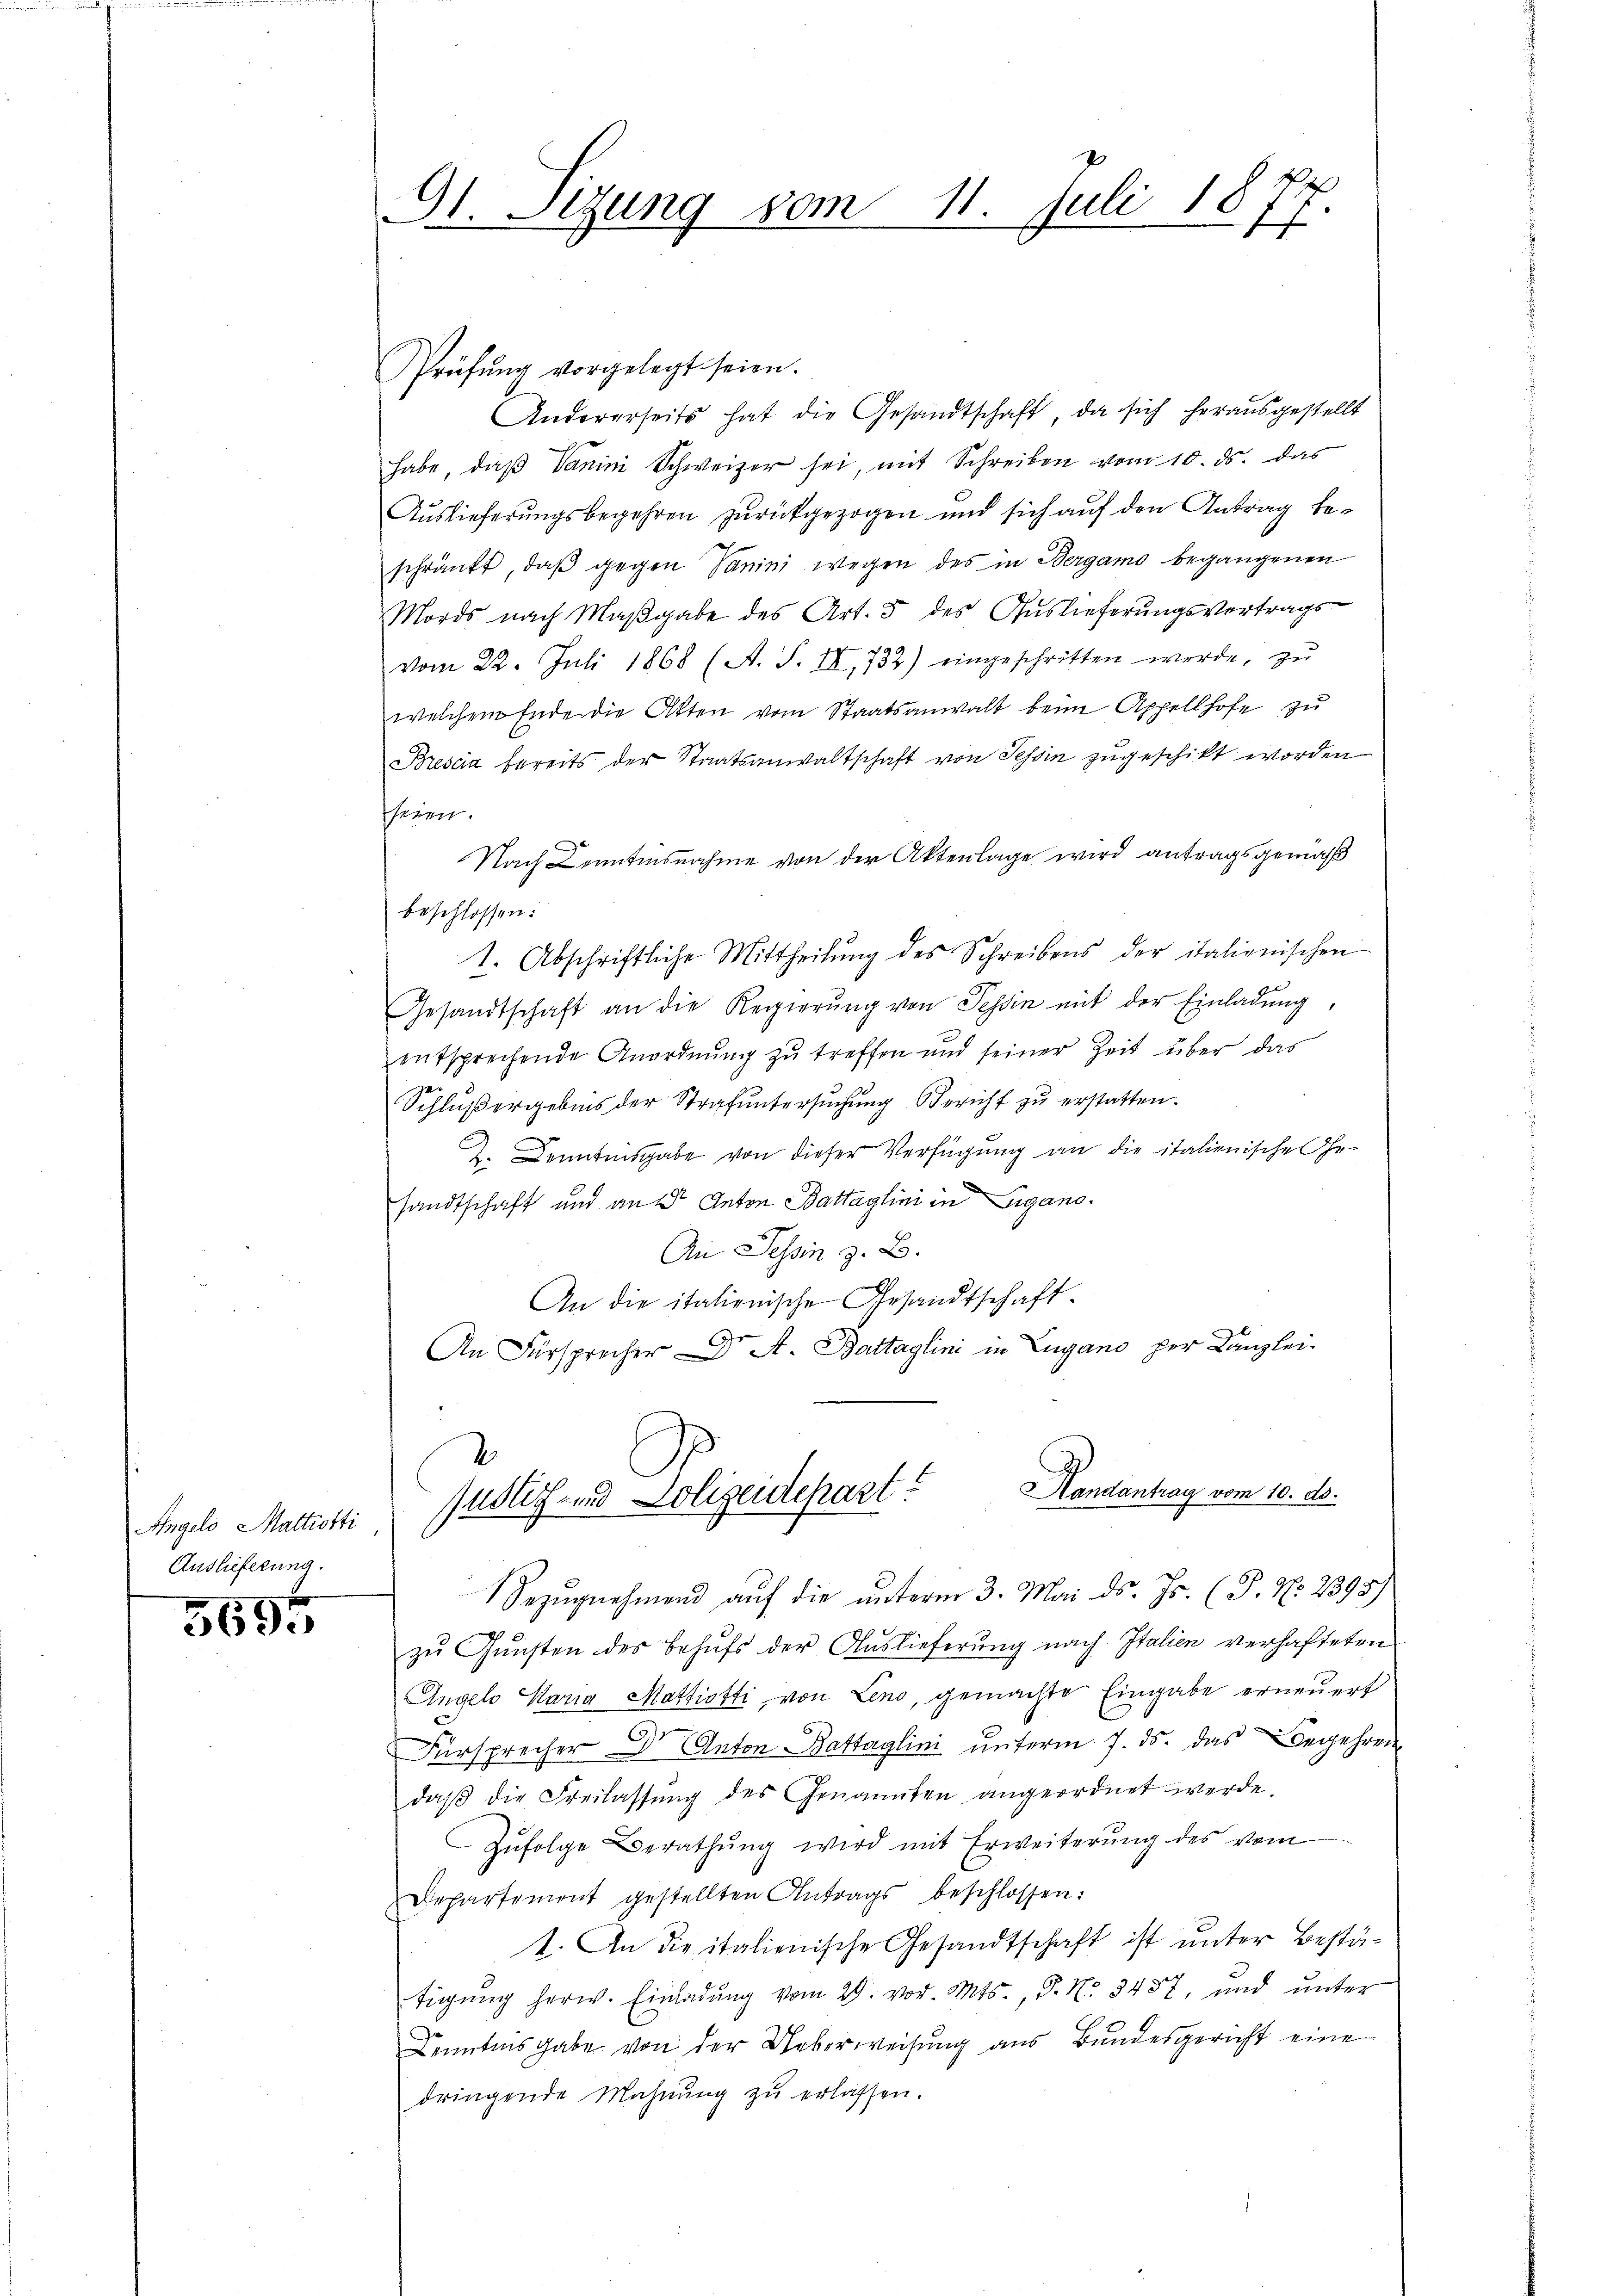
Angelo Mattiotti
Auslieferung.

5695

G1. Sizung vom 11. Juli 1877

Prüfŭng vorgelegt seien.
Andererseits hat die Gesandtschaft, da sich herausgestellt
habe, daß Vanini Schweizer sei, mit Schreiben vom 10. ds. das
Auslieferungsbegehren zurückgezogen und sich auf den Antrag beschränkt, daß gegen Sanini wegen des in Bergamo begangenen
Mords nach Maßgabe des Art. 5 des Auslieferungsvertrags
vom 22. Juli 1868 (A. S. II, 732) eingeschritten werde, zu
welchem Ende die Atten vom Staatsanwalt beim Appellhofe zu
Brescia bereits der Staatsanwaltschaft von Tessin zugeschikt worden
seien.
Nach Kenntensnahme von der Aktenlage wird antragsgemäß
beschlossen:
1. Abschriftliche Mittheilŭng des Schreibens der italienischen
Gesandtschaft an die Regierŭng von Tessin mit der Einladung,
entsprechende Anordnung zu treffen und seiner Zeit über das
Schlußergebens der Strafuntersuchung Bericht zu erstatten.
2. Denntnisgabe von dieser Verfügung an die italienische Gesandtschaft und an der Anton Battaglini in Eigano.
An Tessin z. B.
An die italienische Gesandtschaft.
ze
An Fürsprecher — A. Battaglini in Lugano per Kanzlei.
Handantrag vom 10. ds.
justiz- und Polizendepart?
Bezugnehmend auf die unterm 3. Mai d. Js. (T. No. 2395/
zu Gunsten des Behufs der Auslieferung nach Italien verhafteten
Angelo Maria Mattiotti, von Leno, gemachte Eingabe erneuert
Fürsprecher Dr. Anton Battaglini unterm 7. ds. das Begehren
daβ die Freilassŭng des Genannten angeordnet werde.
Zŭfolge Berathŭng wird mit Erweiterŭng des vom
Departement gestellten Antrags beschlossen:
t. An die italienische Gesandtschaft ist unter Bestätigung herw. Einladung vom 29. vor. Mts., P. Nr. 3437, und unter
Denntens gabe von der Ueberweisung aus Bundesgericht eine
dringende Mahnŭng zŭ erlassen.